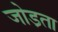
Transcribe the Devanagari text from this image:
जोड़ता